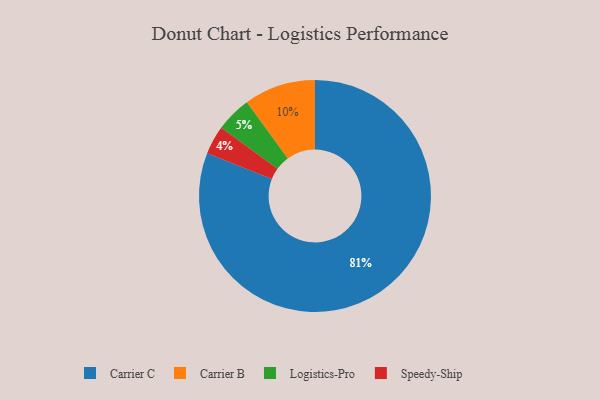
{"axis": {"x": "Category", "y": "Percentage"}, "legend": ["Carrier B", "Carrier C", "Logistics-Pro", "Speedy-Ship"], "data": [{"x": "Carrier C", "y": 81, "type": "Carrier C"}, {"x": "Carrier B", "y": 10, "type": "Carrier B"}, {"x": "Logistics-Pro", "y": 5, "type": "Logistics-Pro"}, {"x": "Speedy-Ship", "y": 4, "type": "Speedy-Ship"}]}